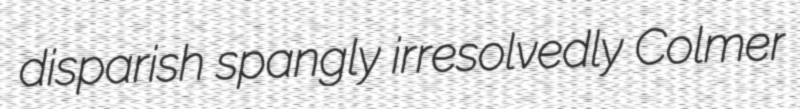
disparish spangly irresolvedly Colmer